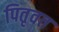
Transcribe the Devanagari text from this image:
पितृवत